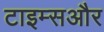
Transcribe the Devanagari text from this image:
टाइम्सऔर